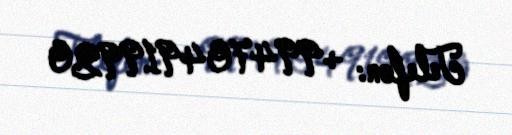
Telefon: +994704919920